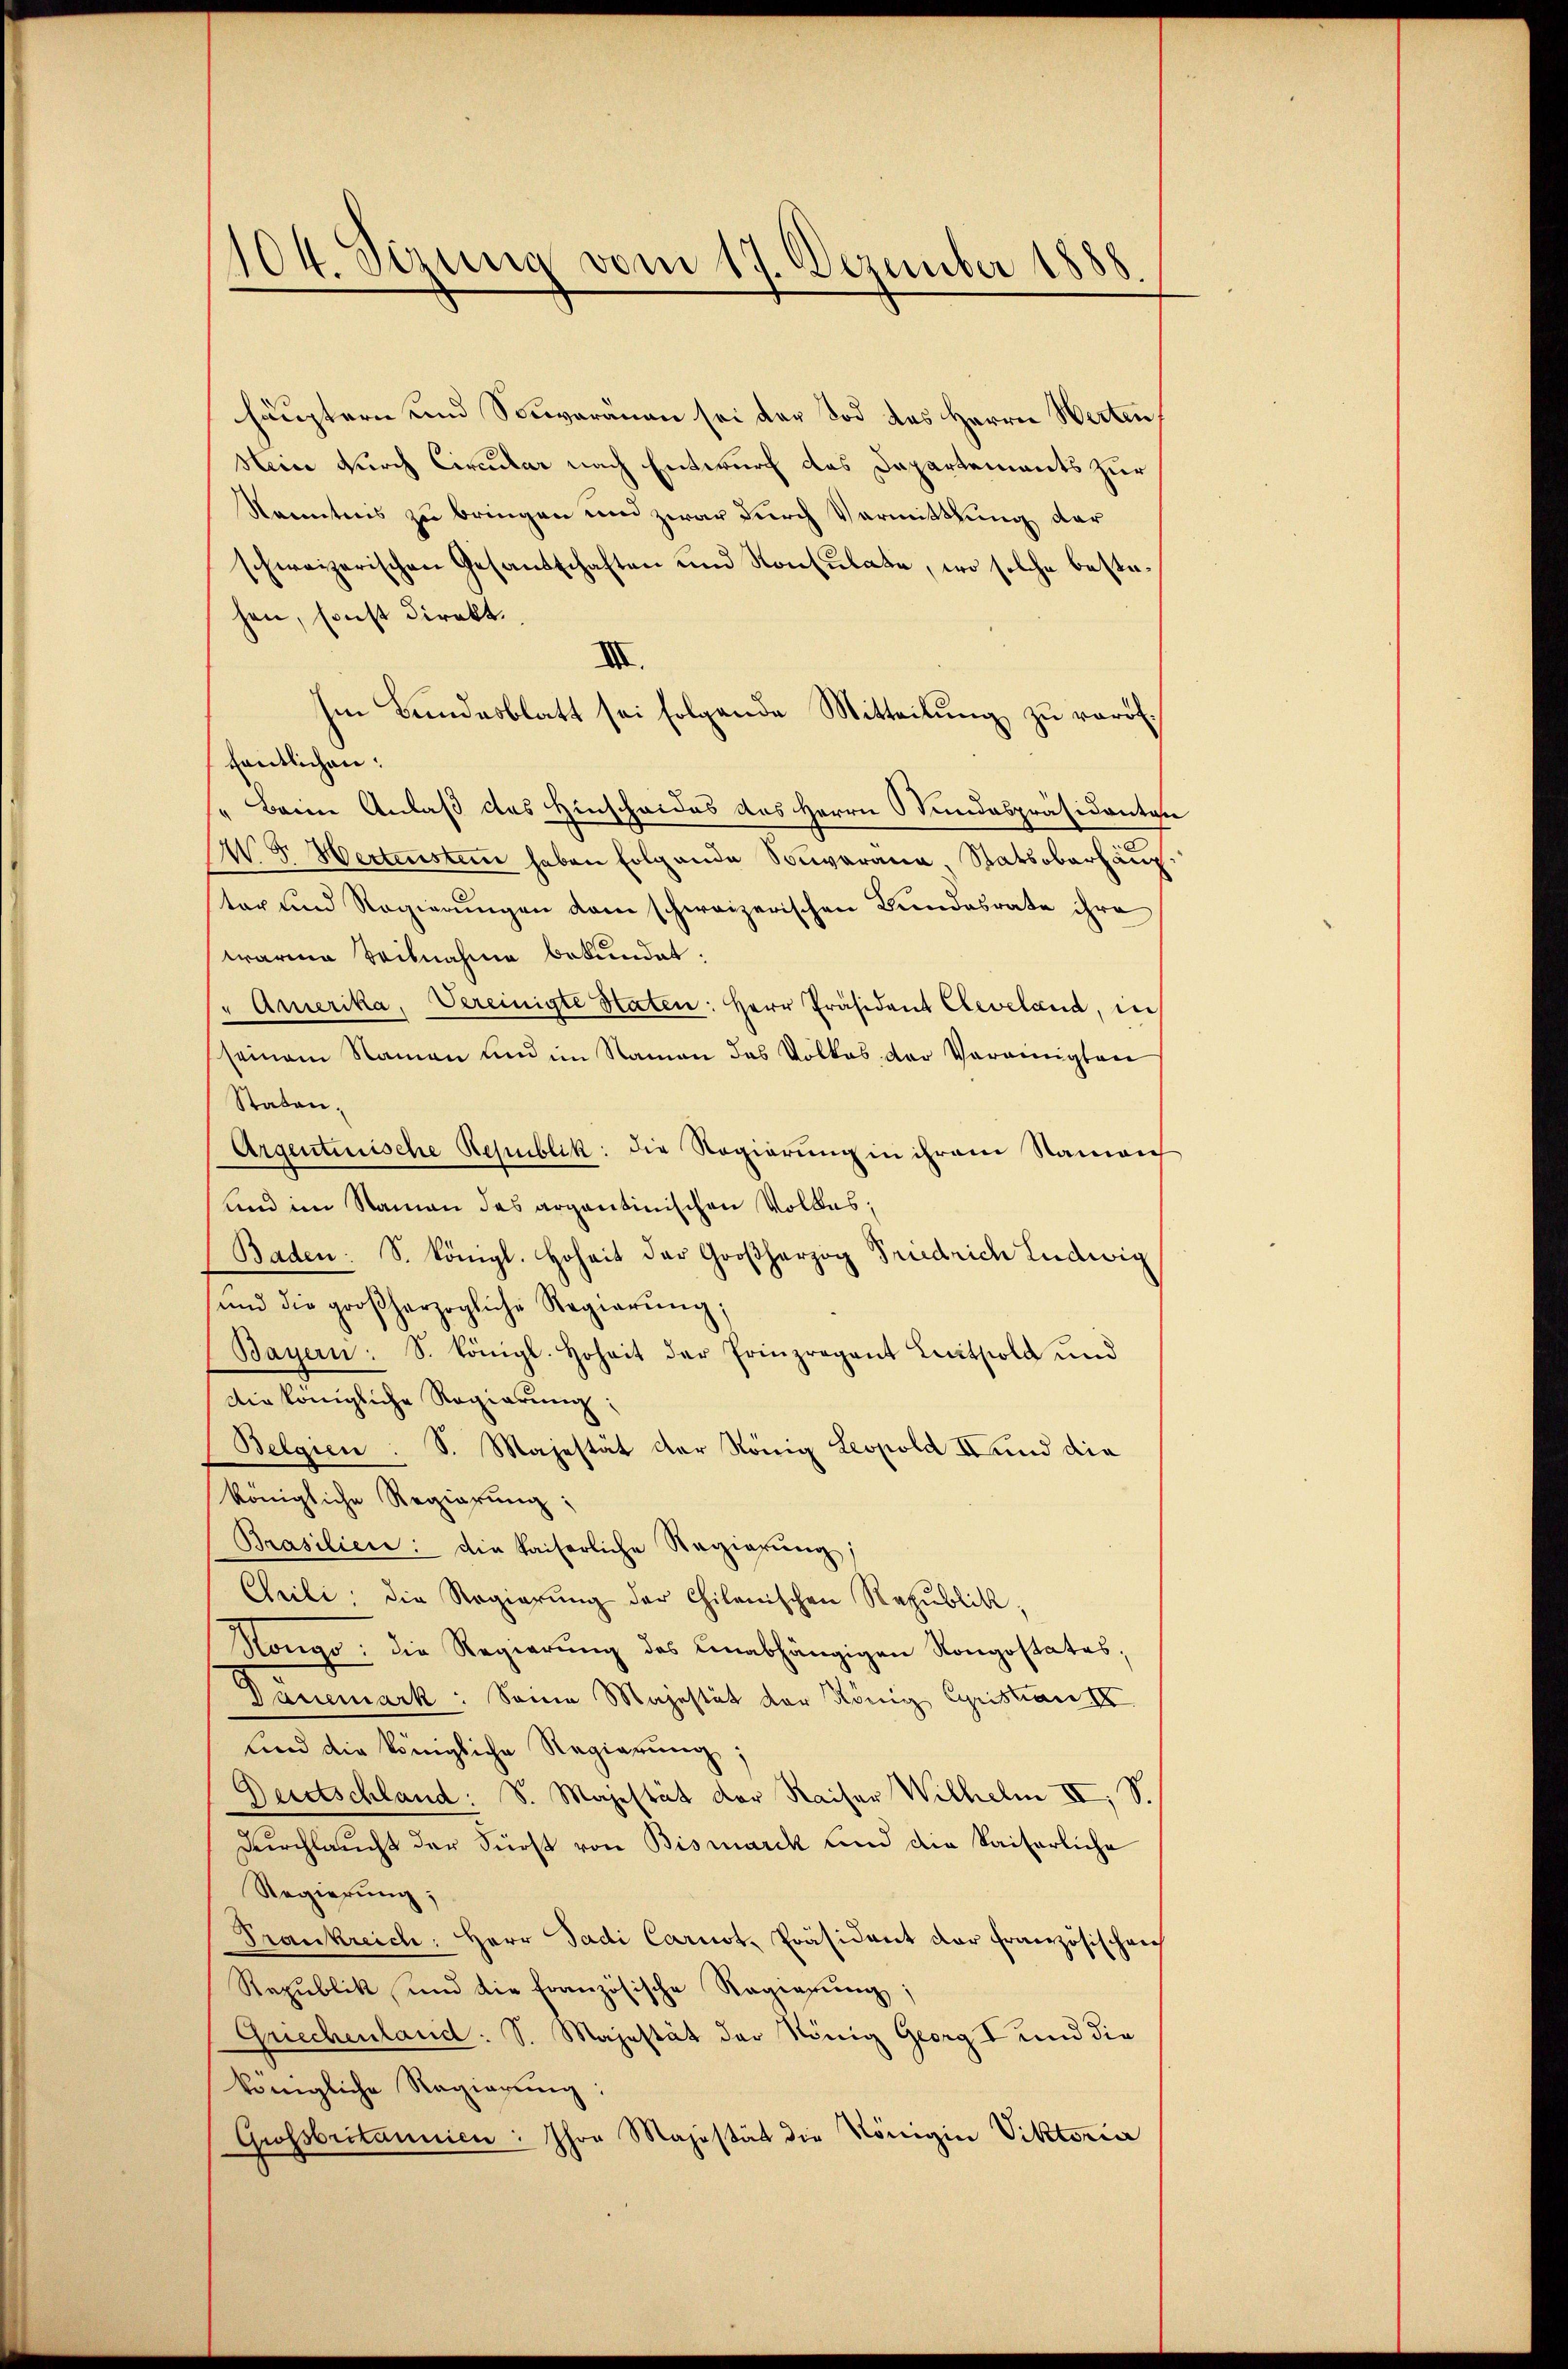
d
104. Sezung vom 17. Dezember 18

häuptern und Souveränen sei der Tod des Herrn Werten,
Heice durch Circular nach Entwurf das Departements zur
Kenntnis zu bringen und zwar durch Vermittlung der
schweizerischen Gesandtschaften und Konsulate, wo solche bestehen, sonst direkt.
III.
Im Bundesblatt sei folgende Mitteilung zu veröffentlichen:
Beine Anlaß des Hinscheides des Herrn Stundespräsidenten
N. F. Hertensten haben folgende Souverana, Statsoberhaup
ter und Regierungen dem schweizerischen Bundesrate ihre
warme Teilnahme bekundet:
" Amerika, Vereinigte Staten: Herr Präsident Cleveland, in
seinem Namen und im Namen das Volkes der Vereinigten
Staten.
Argentinische Republik: die Regierung in ihrem Namen
und im Namen des argantinischen Volkes;
Baden: S. Königl. Hoheit der Großherzog Friedrich Ludwig
ŭnd die großherzogliche Regierŭng,
Bayern : S. königl. Hoheit der Erinzragant Leithold und
die Königliche Regierung:
Belgien : S. Majestät der König Leopold V und die
königliche Regierung:
Brasilien: Die kaiserliche Regierung;
Cheili, die Regierung der Chilonischen Republik
Rongo: die Regierŭng des Unabhängigen Kongostates;
Daunemark: Sonne Majestät der König Cyristian I
und die Königliche Regierung;
Deutschland: S. Majestät der Kaiser Wilhelm IV, S.
Durchlaucht der Fürst von Bismarck und die kaiserliche
Regierung;
Trankreich: Herr Sadi Carnot, Präsident der Französischen
Republik und die französische Regierŭng,
Griechenland: S. Majestät der König Georg I und die
königliche Regierung:
Grossbritannien: Ihre Majestät die Königin Viktoria